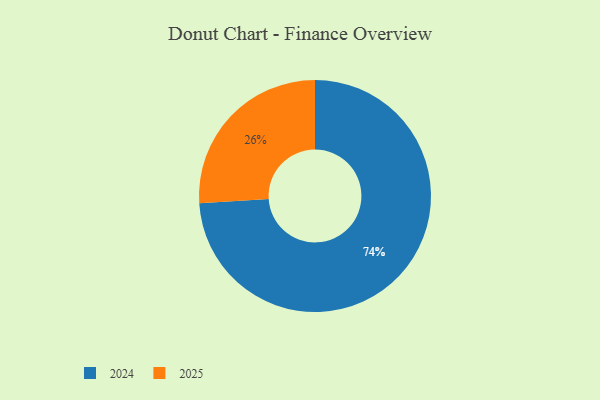
{"axis": {"x": "Category", "y": "Percentage"}, "legend": ["2024", "2025"], "data": [{"x": "2025", "y": 26, "type": "2025"}, {"x": "2024", "y": 74, "type": "2024"}]}